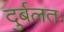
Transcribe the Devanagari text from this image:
दुर्बलतः